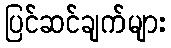
ပြင်ဆင်ချက်များ